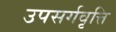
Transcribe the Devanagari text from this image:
उपसर्गवृत्ति